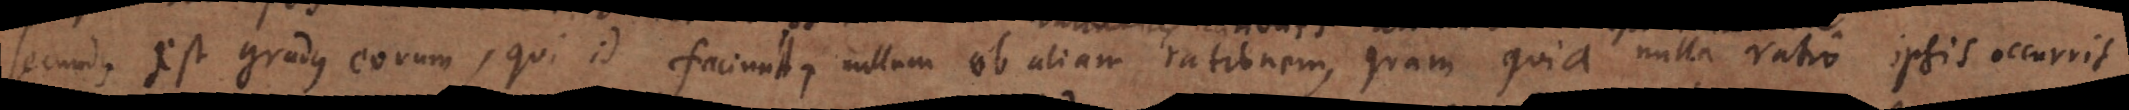
Secundus est gradus eorum, qui id faciunt, nullam ob aliam rationem, quam quia nulla ratio ipsis occurrit